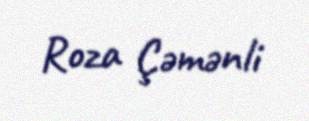
Roza Çəmənli